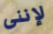
لإننى